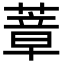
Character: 蔁